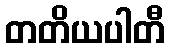
တတိယပါတီ